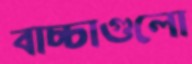
বাচ্চাগুলো